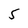
Character: 5